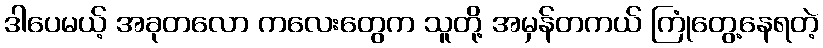
ဒါပေမယ့် အခုတလော ကလေးတွေက သူတို့ အမှန်တကယ် ကြုံတွေ့နေရတဲ့